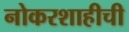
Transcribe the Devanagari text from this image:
नोकरशाहीची